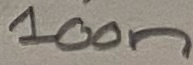
Text: 100n